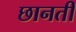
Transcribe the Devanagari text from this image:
छानती